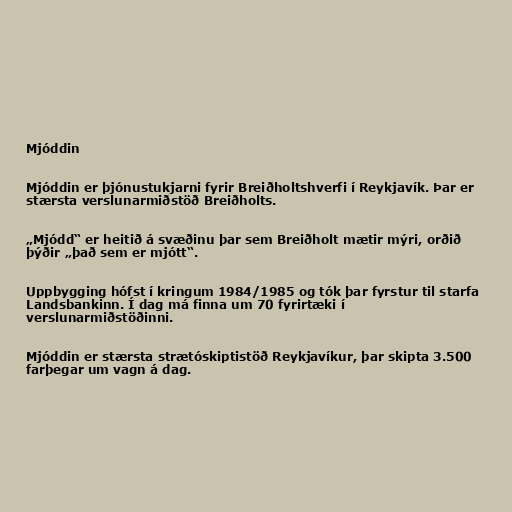
Mjóddin

Mjóddin er þjónustukjarni fyrir Breiðholtshverfi í Reykjavík. Þar er
stærsta verslunarmiðstöð Breiðholts.

„Mjódd“ er heitið á svæðinu þar sem Breiðholt mætir mýri, orðið
þýðir „það sem er mjótt“.

Uppbygging hófst í kringum 1984/1985 og tók þar fyrstur til starfa
Landsbankinn. Í dag má finna um 70 fyrirtæki í
verslunarmiðstöðinni.

Mjóddin er stærsta strætóskiptistöð Reykjavíkur, þar skipta 3.500
farþegar um vagn á dag.